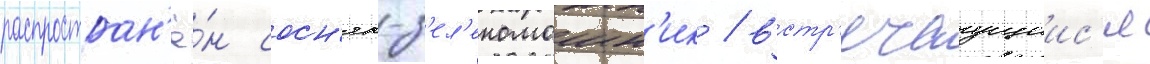
распростран'ё́н сосн'як-з'ел'еномошн'ик / встр'ечаущиис'я